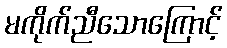
မကိုက်ညီသောကြောင့်